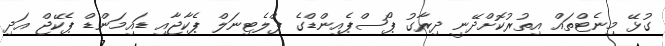
ގުޅޭ މިނެޓްތައް އިތުރުކޮށްދޭނީ ދިރާގު ޕޯސްޕެއިންޑްގެ ޕްލެޓިނަލް ޕެކާޖާއި ޑައިމަންޑް ޕެކޭޖް އަދި